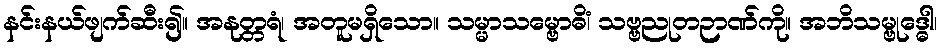
နင်းနယ်ဖျက်ဆီး၍။ အနုတ္တရံ၊ အတူမရှိသော။ သမ္မာသမ္ဗောဓိံ၊ သဗ္ဗညုတဉာဏ်ကို။ အဘိသမ္ဗုဒ္ဓေါ၊